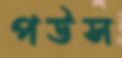
পউস